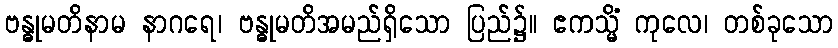
ဗန္ဓုမတိနာမ နာဂရေ၊ ဗန္ဓုမတိအမည်ရှိသော ပြည်၌။ ဧကသ္မိံ ကုလေ၊ တစ်ခုသော